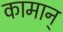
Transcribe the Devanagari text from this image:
कामान्